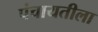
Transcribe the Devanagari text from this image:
पंचायतीला